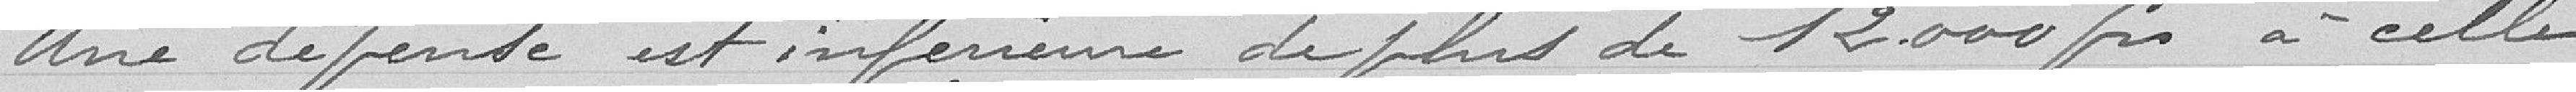
Une dépense inférieure de plus de 12000 francs à celle